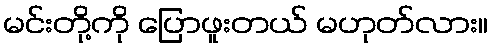
မင်းတို့ကို ပြောဖူးတယ် မဟုတ်လား။